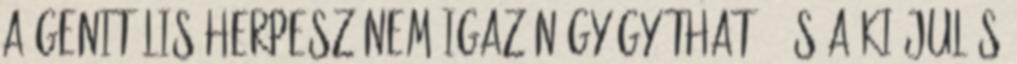
A genitális herpesz nem igazán gyógyítható, és a kiújulás